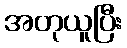
အတုယူပြီး